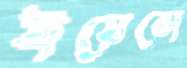
ইয়েত্তো